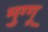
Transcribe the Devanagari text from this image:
मुग्गू